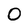
Character: 0